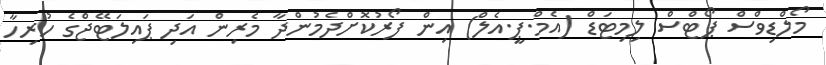
މޯލްޑިވްސް ޕޯޓްސް ލިމިޓަޑް (އެމް.ޕީ.އެލް) އިން ފޯރުކޮށްދެމުންދާ މެރިން އަދި ޕައިލަޓޭޖްގެ ހުރިހާ